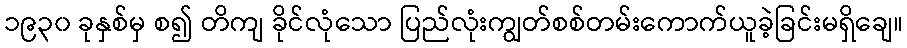
၁၉၃၀ ခုနှစ်မှ စ၍ တိကျ ခိုင်လုံသော ပြည်လုံးကျွတ်စစ်တမ်းကောက်ယူခဲ့ခြင်းမရှိချေ။